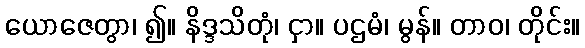
ယောဇေတွာ၊ ၍။ နိဒ္ဒသိတုံ၊ ငှာ။ ပဌမံ၊ မွန်။ တာဝ၊ တိုင်း။